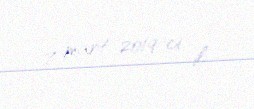
7 mart 2019-ci il